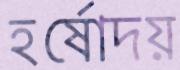
হর্ষোদয়